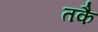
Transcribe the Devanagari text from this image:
तकै